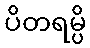
ပိတရမ္ပိ